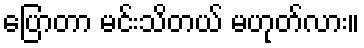
ပြောတာ မင်းသိတယ် မဟုတ်လား။